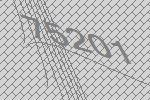
75201